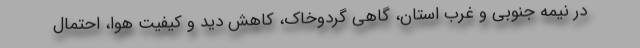
در نیمه جنوبی و غرب استان، گاهی گردوخاک، کاهش دید و کیفیت هوا، احتمال